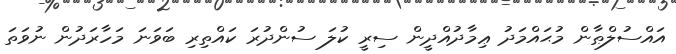
އައްސުލްޠާން މުޙައްމަދު ޢިމާދުއްދީން ސިރީ ކުލަ ސުންދުރަ ކައްތިރި ބަވަނަ މަހާރަދުން ނުވަތަ